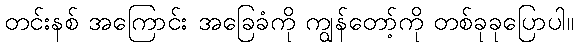
တင်းနစ် အကြောင်း အခြေခံကို ကျွန်တော့်ကို တစ်ခုခုပြောပါ။